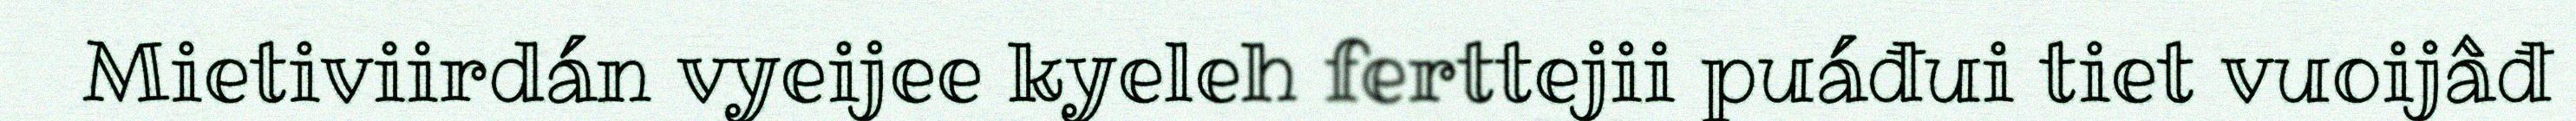
Mietiviirdán vyeijee kyeleh ferttejii puáđui tiet vuoijâđ